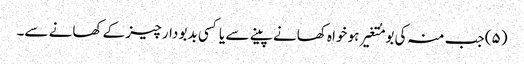
(۵) جب منہ کی بو مُتغیر ہو خواہ کھانے پینے سے یا کسی بدبو دار چیز کے کھانے سے۔